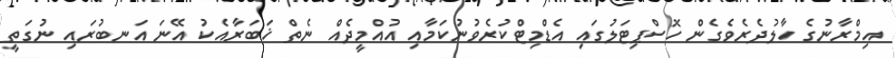
އިމްރާނުގެ ހާލުދެރެވެގެން ހޮސްޕިޓަލުގައި އެޑްމިޓްކުރެވުނުކަމާއި އުއްމީދެއް ނެތް ޚަބަރާއެކު އޭނަ އަނބުރައި ނުގަތީ